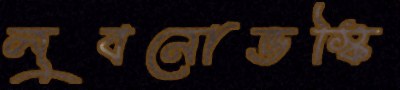
লুবনোভস্কি